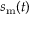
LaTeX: s _ { \mathrm { m } } ( t )